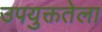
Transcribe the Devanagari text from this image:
उपयुक्ततेला